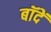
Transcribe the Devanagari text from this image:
बॉदें